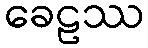
ခေဠဿ